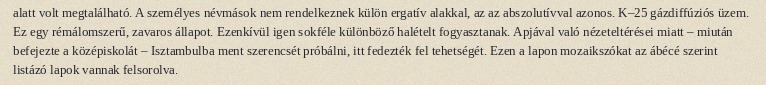
alatt volt megtalálható. A személyes névmások nem rendelkeznek külön ergatív alakkal, az az abszolutívval azonos. K–25 gázdiffúziós üzem. Ez egy rémálomszerű, zavaros állapot. Ezenkívül igen sokféle különböző halételt fogyasztanak. Apjával való nézeteltérései miatt – miután befejezte a középiskolát – Isztambulba ment szerencsét próbálni, itt fedezték fel tehetségét. Ezen a lapon mozaikszókat az ábécé szerint listázó lapok vannak felsorolva.